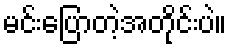
မင်းပြောတဲ့အတိုင်းပဲ။